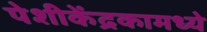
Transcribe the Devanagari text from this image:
पेशीकेंद्रकामध्ये